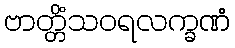
ဗာတ္တိံသဝရလက္ခဏံ